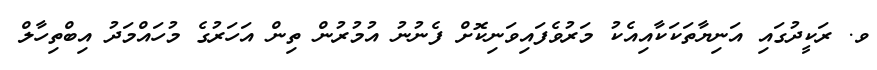
ވ. ރަކީދުގައި އަނިޔާތަކަކާއިއެކު މަރުވެފައިވަނިކޮށް ފެނުނު އުމުރުން ތިން އަހަރުގެ މުހައްމަދު އިބްތިހާލް